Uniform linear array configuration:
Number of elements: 16
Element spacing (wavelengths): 0.25
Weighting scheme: binomial
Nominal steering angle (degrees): -30
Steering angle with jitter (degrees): -30.598
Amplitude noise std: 0.05
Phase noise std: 0.05

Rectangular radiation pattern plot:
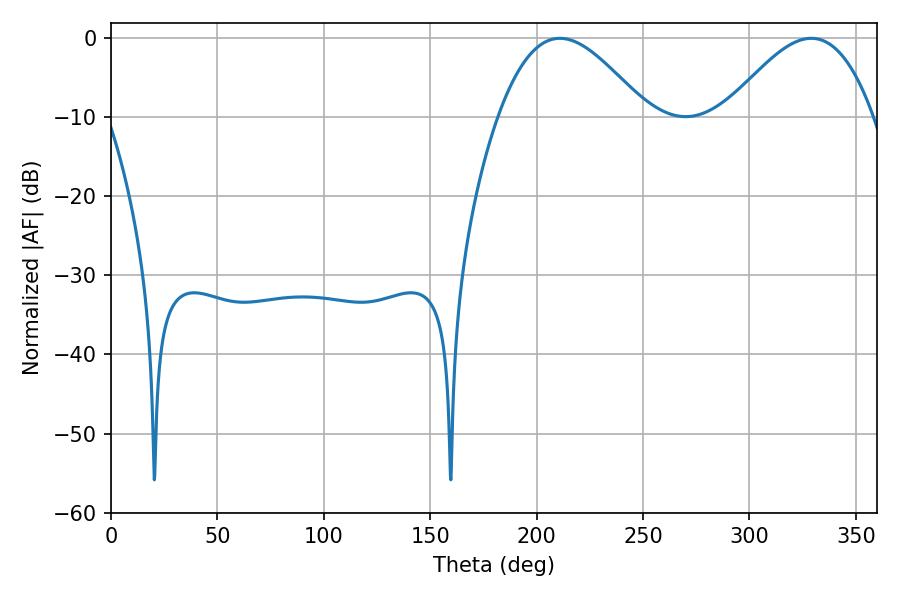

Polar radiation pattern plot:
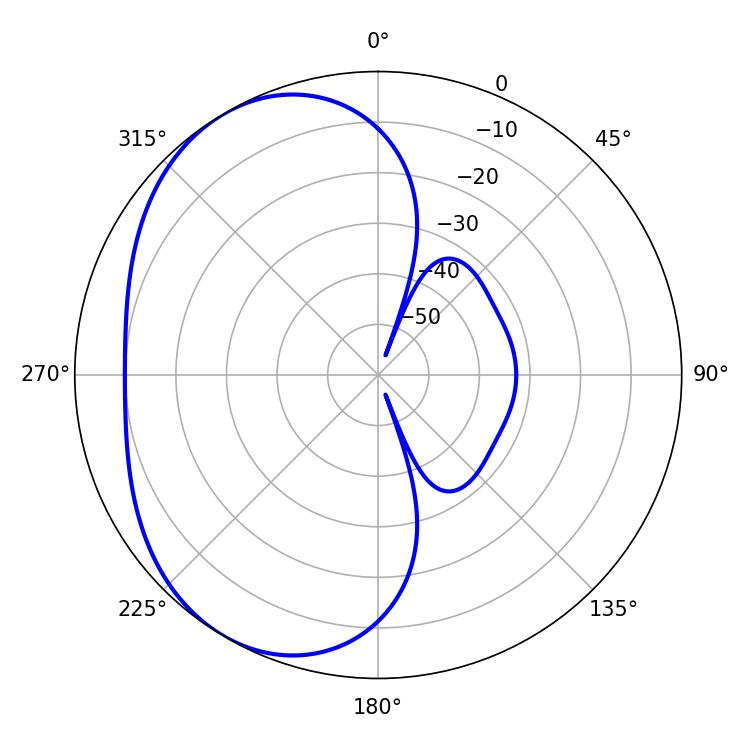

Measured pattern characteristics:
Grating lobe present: FALSE
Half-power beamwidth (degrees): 37.44
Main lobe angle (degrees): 210.96